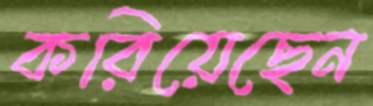
করিয়েছেন